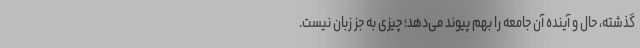
گذشته، حال و آینده آن جامعه را بهم پیوند می‌دهد؛ چیزی به جز زبان نیست.